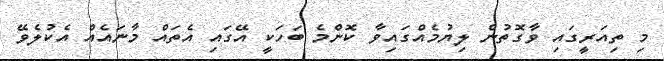
މި ތިއަރީގައި ވާގޮތުން ލިޔުމެއްގައިވާ ކޮންމެ ބަހަކީ އޭގައި އެތައް މާނައެއް އެކުލެވޭ